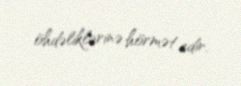
öhdəliklərinə hörmət edir.